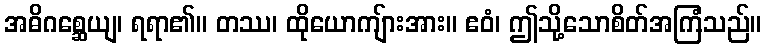
အဓိဂစ္ဆေယျ၊ ရရာ၏။ တဿ၊ ထိုယောကျ်ားအား။ ဧဝံ၊ ဤသို့သောစိတ်အကြံသည်။